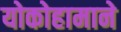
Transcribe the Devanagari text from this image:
योकोहामाने